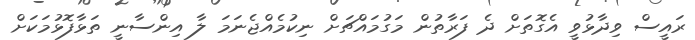
ރައީސް ވިދާޅުވީ އެގޮތަށް ދެ ފަރާތުން މަގުމައްޗަށް ނިކުމެއްޖެނަމަ ލާ އިންސާނީ ތަޅާފޮޅުމަކަށް